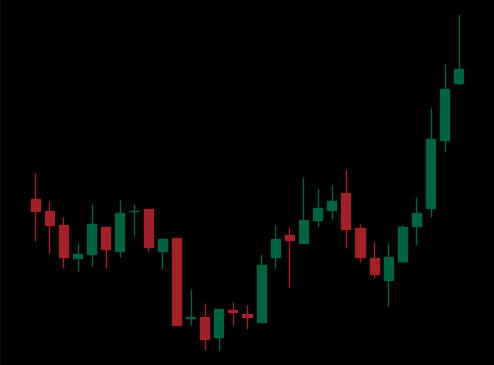
Pattern: inverse_head_shoulders